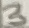
Text: 3